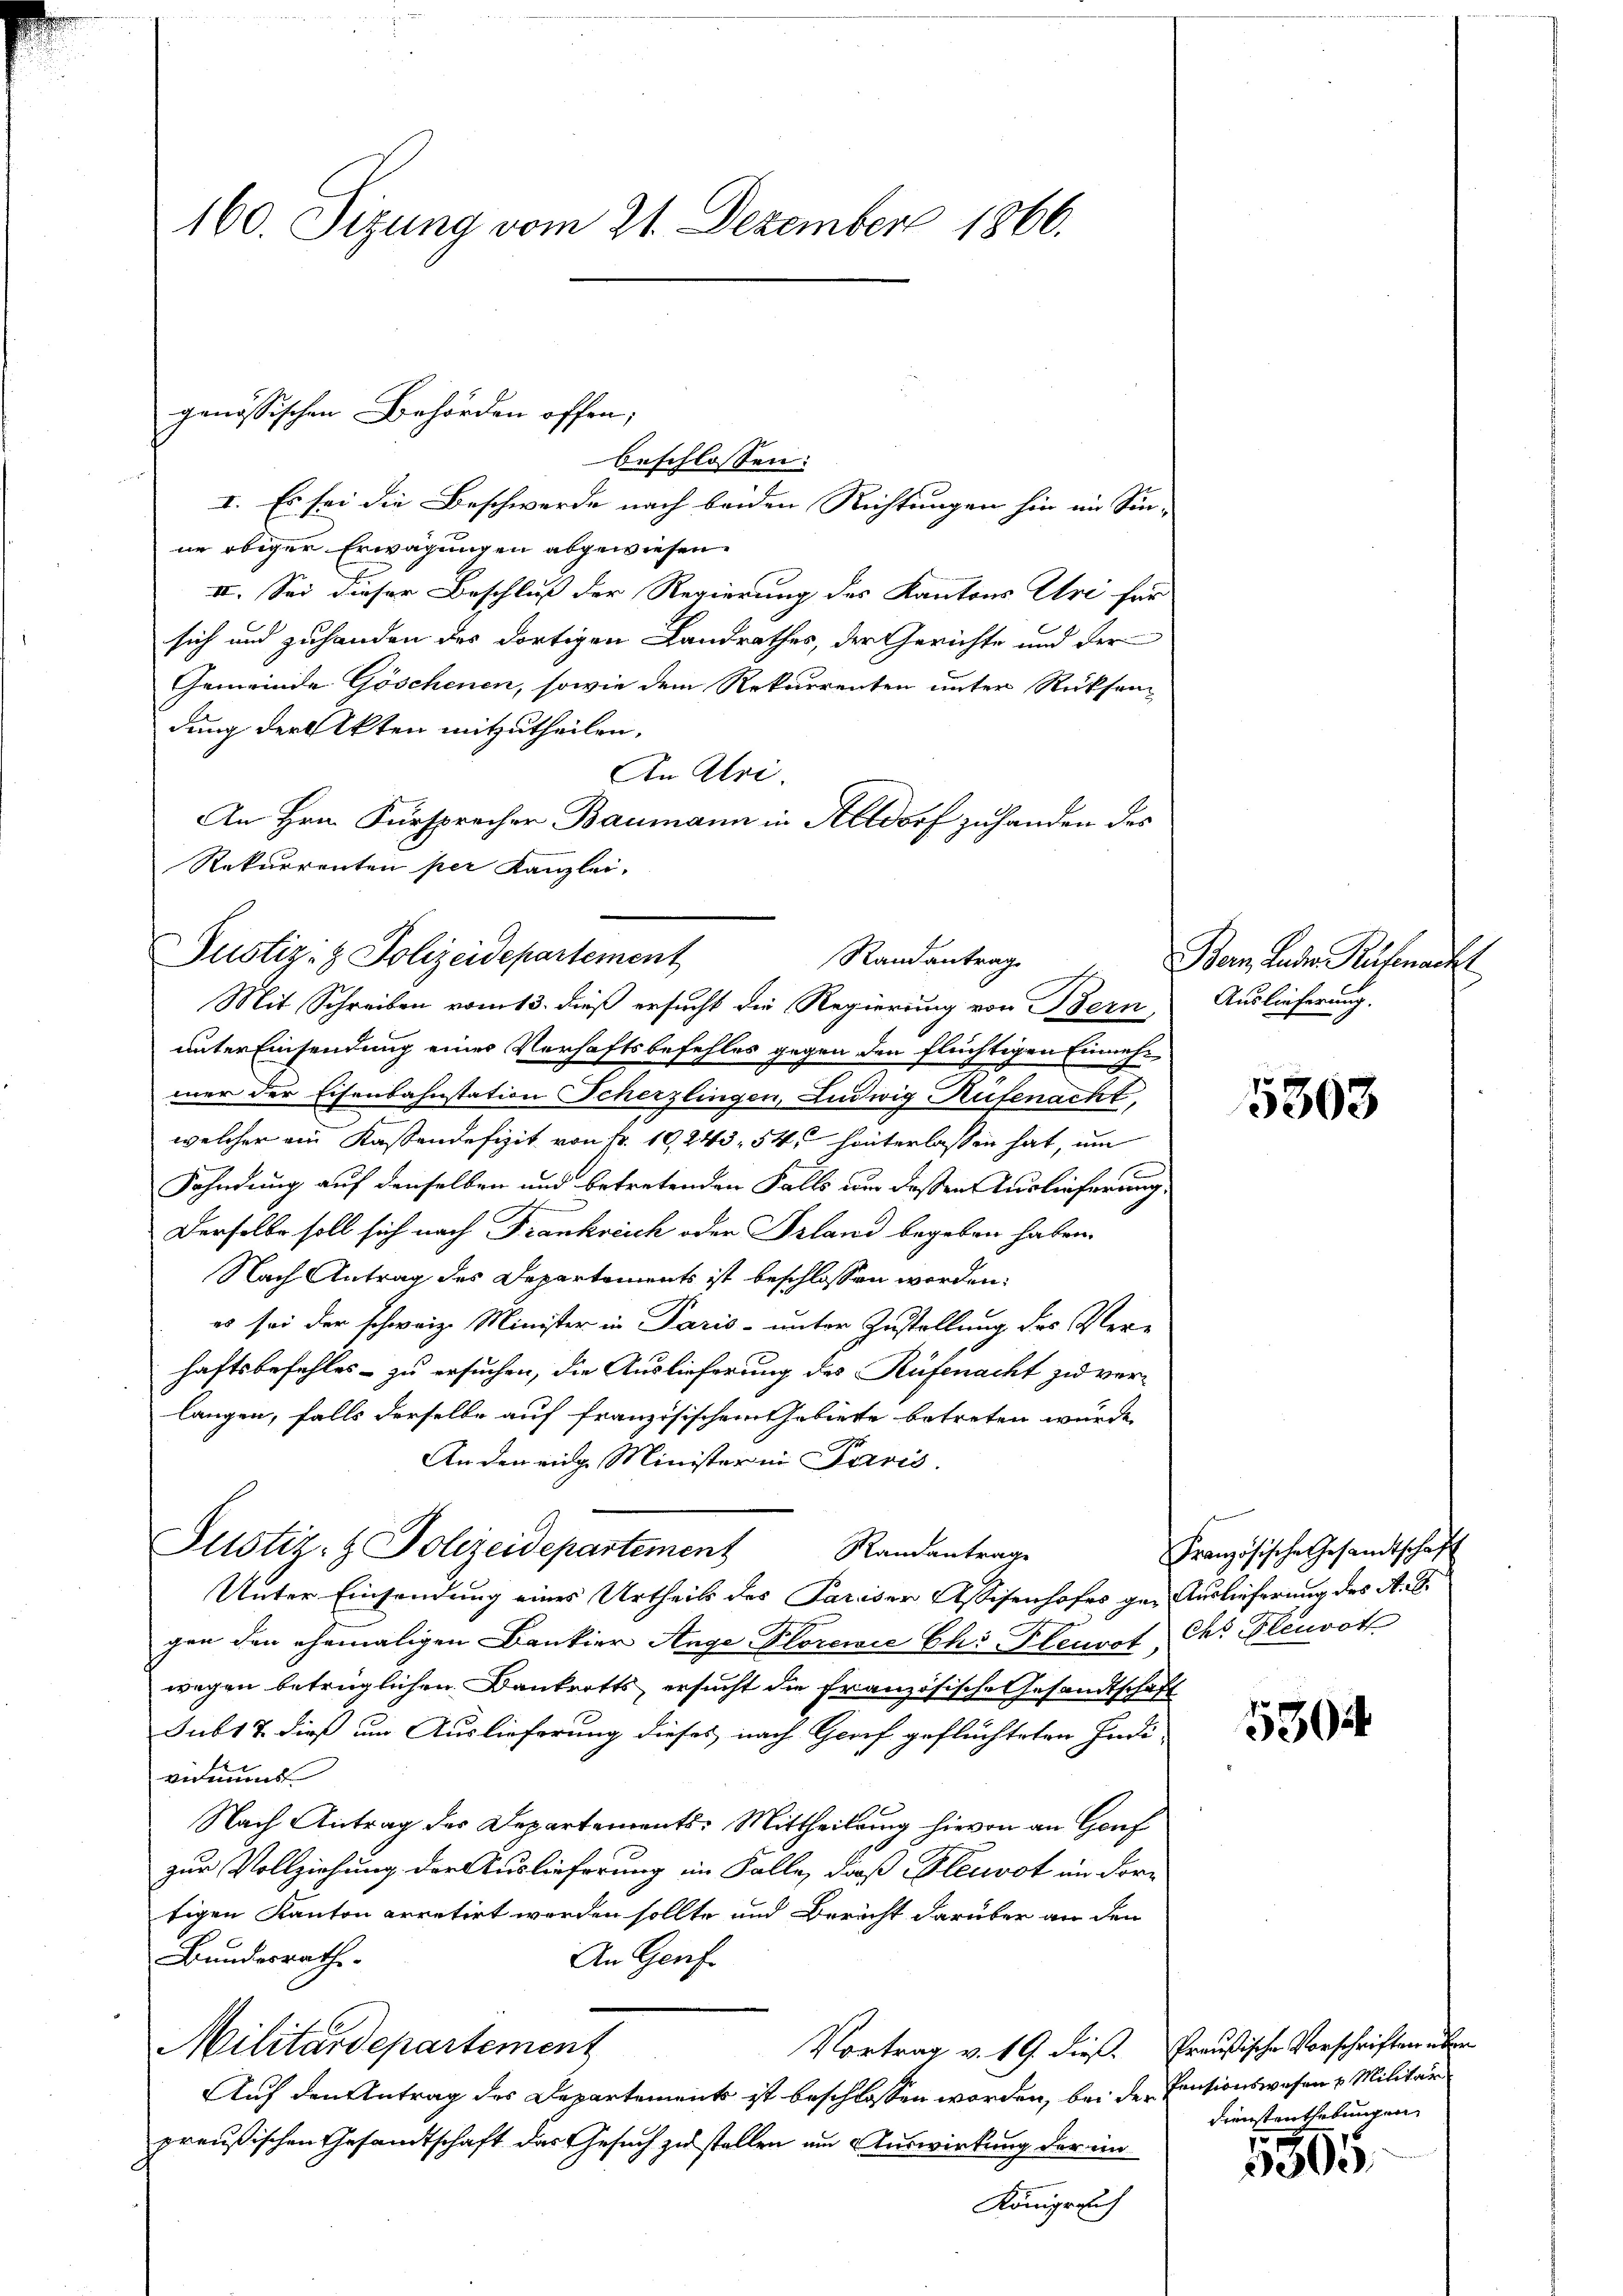
160. Sitzung vom 21. Dezember 1866.

genössischen Behörden offen;

beschlossen:
I. Es sei die Beschwerde nach beiden Richtungen hin im Sin-
ne obiger Erwägungen abgewiesen.
II. Sei dieser Beschluß der Regierung des Kantons Uri für
sich und zuhanden des dortigen Landrathes, der Gerichte und der
Gemeinde Göschenen, sowie dem Rekurrenten unter Rücksen
dung der Akten mitzutheilen.
An Alri.
An Hrn. Fürsprecher Baumann in Altdorf zuhanden des
Rekurrenten per Kanzlei,

Justiz- & Polizeidepartement
Randantrag
Mit Schreiben vom 13. dieß ersucht die Regierung von Bern

unter Einsendung eines Verhaftsbefehles gegen den flüchtigen Einnahmer der Eisenbahnstation Scherzlingen, Ludwig Rufenacht,
welcher ein Kassendefizit von fr. 19, 243. 54, hinterlassen hat, um
Fahndung auf denselben und betretenden Falls um deßen Auslieferung
Derselbe soll sich nach Frankreich oder Prland begeben haben.
Nach Antrag des Departements ist beschlossen worden:
es sei der schweiz. Minister in Paris - unter Zustellung des Ver-
haftsbefehles – zu ersuchen, die Auslieferung des Rüfenacht zu verlangen, falls derselbe auf französischem Gebiete betreten wurde,
An den eige Minister in Paris.
Plustiz- & Polizeidepartement Randantrage
Unter Einsendung eines Urtheils des Pariser Assisenhofes ge- Auslieferung des A. G.
gen den ehemaligen Bankier Auge Plorewie Chi Pleurst des Plenroth
wegen betrüglichen Bankrotts, ersucht die französische Gesandtschaft
Jub17 dieß um Auslieferung dieses nach Greif geflüchteten Indi-
anmund
Nach Antrag der Departements-Mittheilung hievon an Genf
zur Vollziehung der Auslieferung im Falle, daß Plenot in dortigen Kanton arretirt werden sollte und Bericht darüber an den
Bundesrath.
An Genf
Militärdepartement
Vortrag v. 19. dieß. Preußischen Vorschriften über
Auf den Antrag des Departement ist beschlossen worden, bei der Pensionswesen u. Militär
preußischen Gesandtschaft das Gesuch zu stellen um Auswirkung der ein
Königreich

Bern, Luder Ruhmacht
Auslieferung.

5363

Französische Gesandtschaft

5304

Dienstenthebungen

5805.